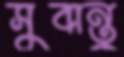
সুবান্তু